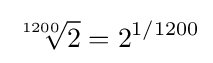
{\sqrt[{1200}]{2}}=2^{1/1200}